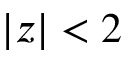
| z | < 2